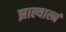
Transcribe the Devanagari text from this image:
झाल्यास्नं